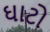
ઘાટો